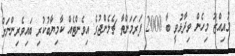
މުއިއްޒު މިހެން ވިދާޅުވީ ބާ 2000 ފަރަމަންތާ ޗެލެންޖުގެ އިވެންޓެއް ކާމިޔާބުކުރި ބައިވެރިންނަށް